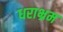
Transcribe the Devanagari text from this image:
धराभ्रम